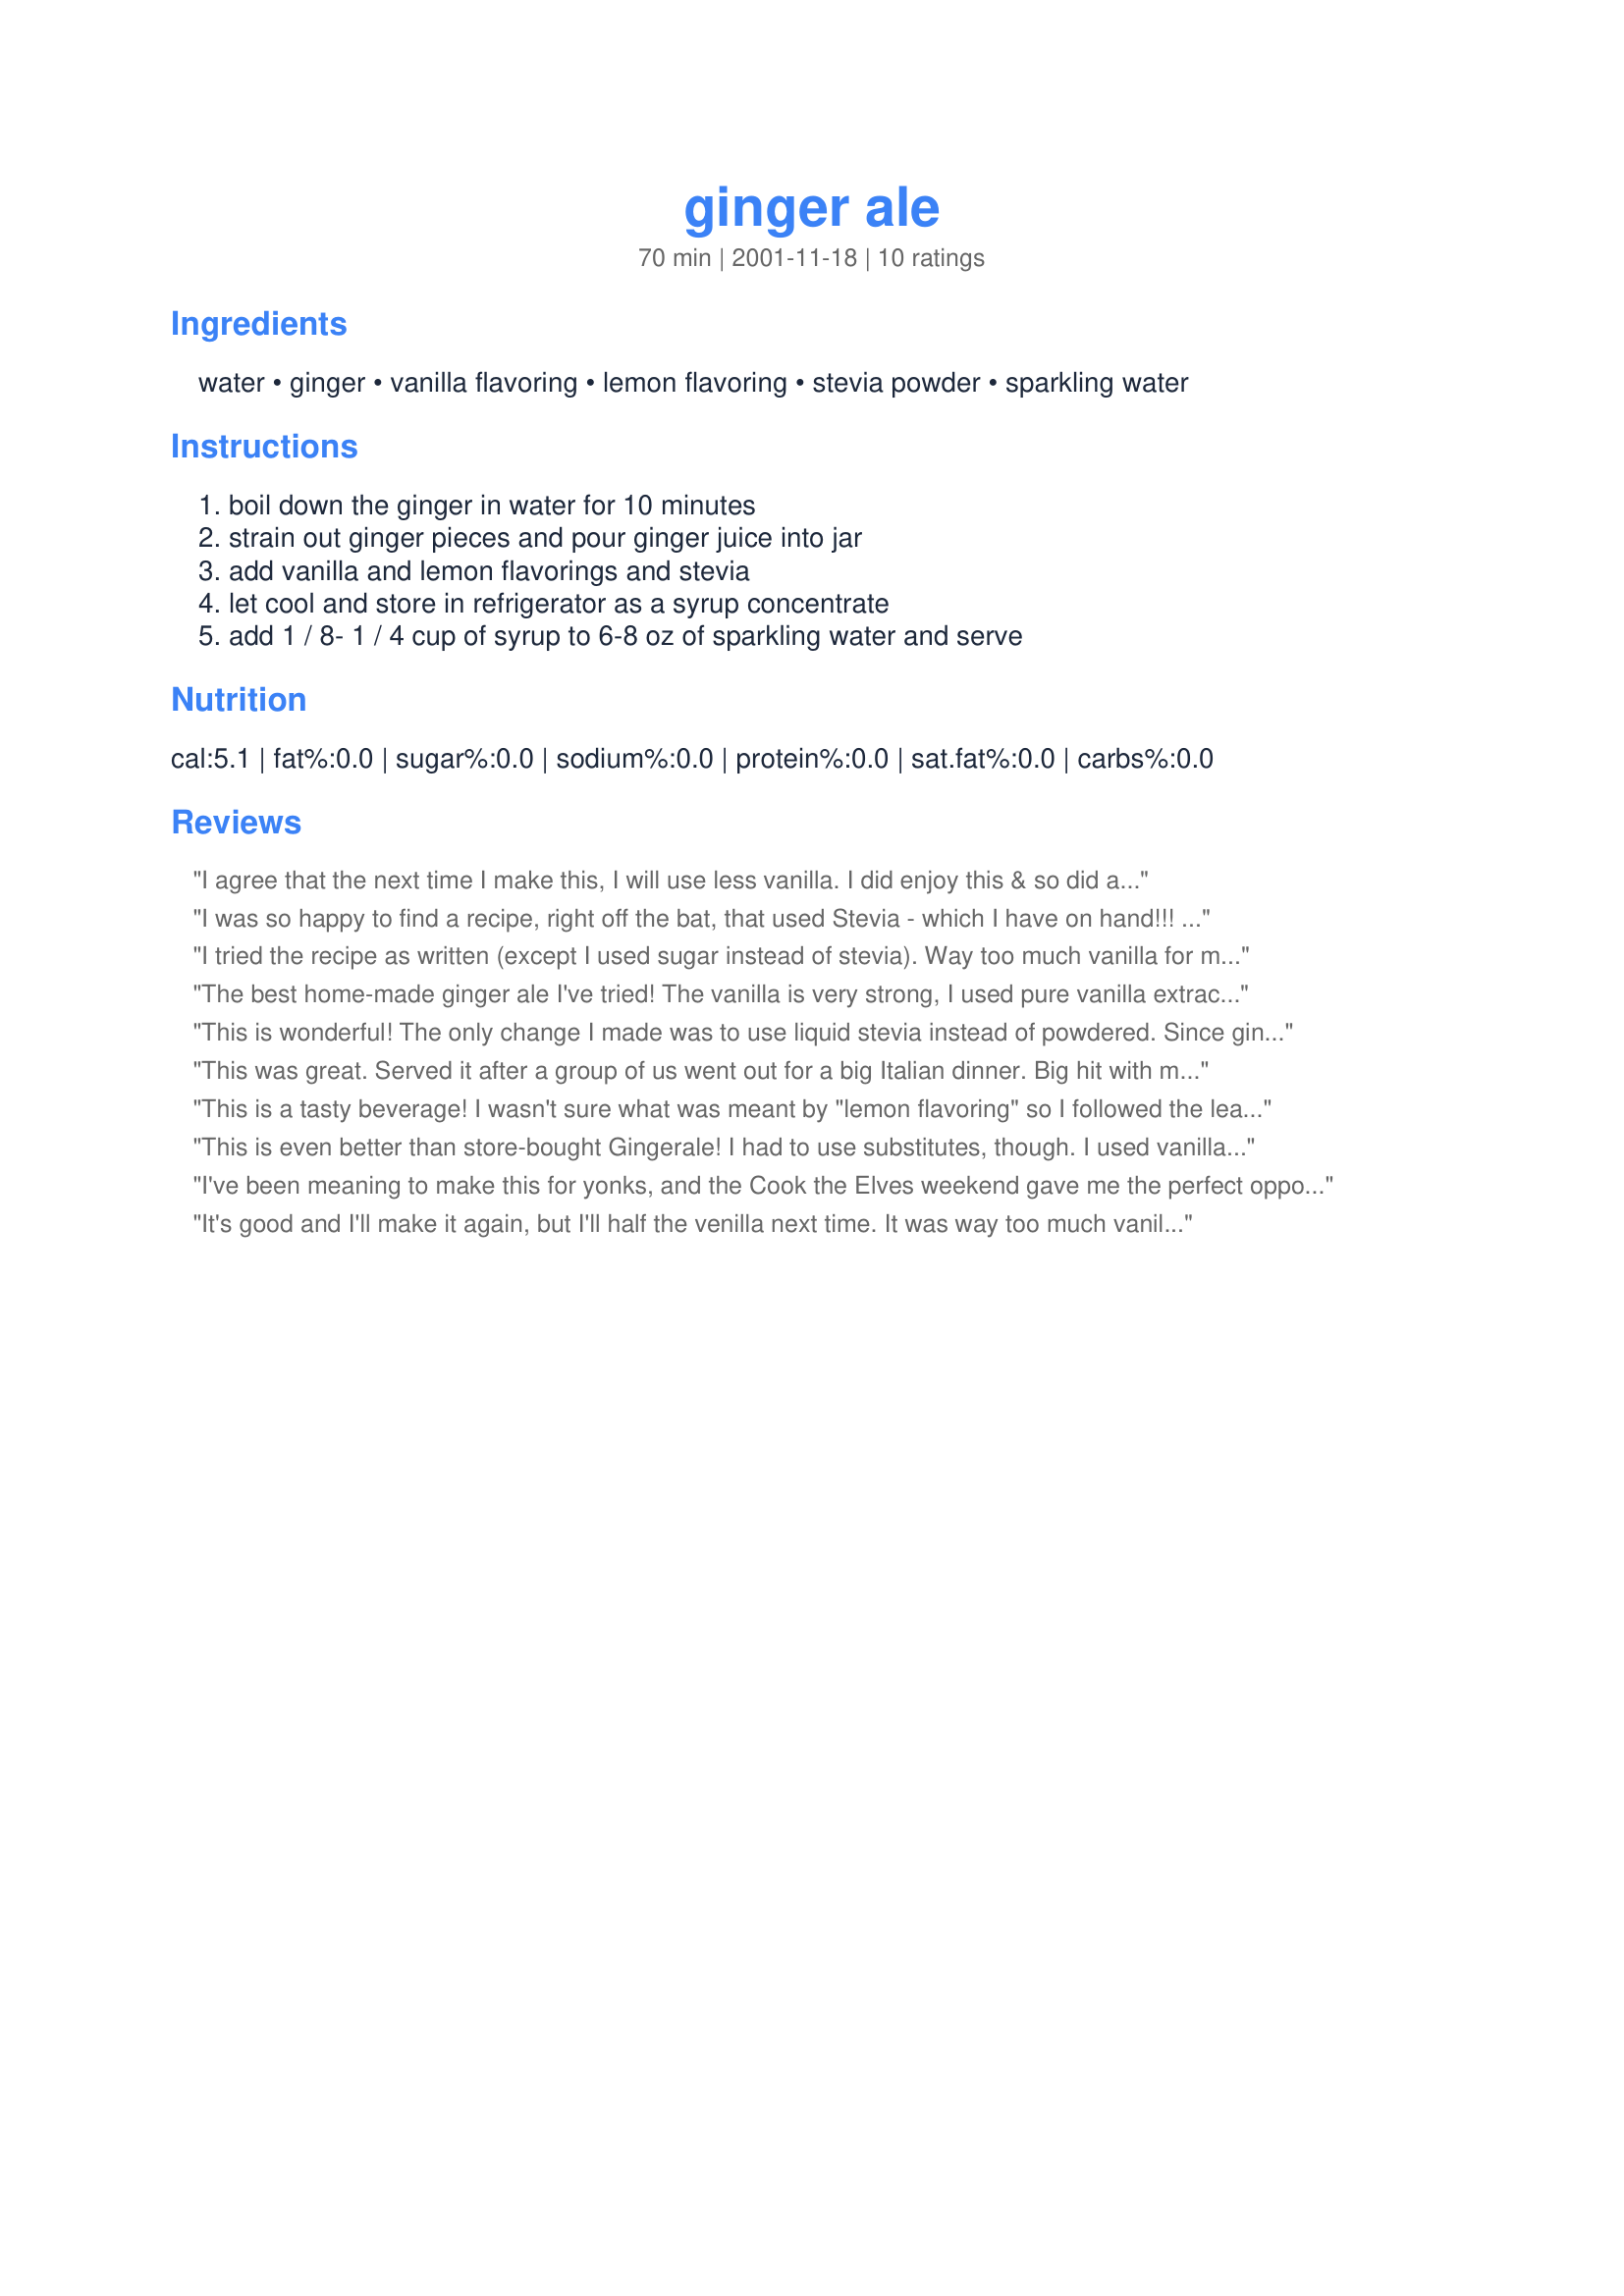
ginger ale
Preparation time: 70 minutes

Ingredients:
water, ginger, vanilla flavoring, lemon flavoring, stevia powder, sparkling water

Steps:
boil down the ginger in water for 10 minutes, strain out ginger pieces and pour ginger juice into jar, add vanilla and lemon flavorings and stevia, let cool and store in refrigerator as a syrup concentrate, add 1 / 8- 1 / 4 cup of syrup to 6-8 oz of sparkling water and serve

Reviews:
I agree that the next time I make this, I will use less vanilla. I did enjoy this & so did a friend of mine. She liked the spicy bite from the ginger. I kept this as a concentrate in the fridge & just let her mix her own drink to taste. I think I will make some more & maybe try adding some other fruits as well. I bet this would taste wonderful as part of a sangria. Hmmm. I'll let you know if I try it. Thank you very much for the recipe!
I was so happy to find a recipe, right off the bat, that used Stevia - which I have on hand!!! 

I would add less Vanilla. I used the stout stuff from Mexico so it was almost like drinking a bubbly vanilla drink with a hint of lemon. I think I might add extra ginger next time.
I tried the recipe as written (except I used sugar instead of stevia). Way too much vanilla for my taste. I actually liked it better without the vanilla or the lemon, just ginger root and sugar.
The best home-made ginger ale I've tried! The vanilla is very strong, I used pure vanilla extract - only 1 Tbs and it was too much. I used lemon extract (only 2 tsp - which was enough). The level of stevia was perfect. I too peeled my ginger into small pieces and next time I may even grate it so all the ginger-y goodness can come out. I don't know if it helped or not, but I boiled the mixture for 10 minutes then simmered it (covered) for about an hour. The result is a very lively ginger flavor!
This is wonderful! The only change I made was to use liquid stevia instead of powdered. Since ginger is good for nausea, this will be the new drink in my house for people with upset stomachs.
This was great. Served it after a group of us went out for a big Italian dinner. Big hit with my ginger-loving father. ADDED BONUS: ginger aids digestion....which we really needed after that big Italian dinner!
This is a tasty beverage! I wasn't sure what was meant by "lemon flavoring" so I followed the lead of a few other posters and 1) added lemon zest to the boiling water and 2) added lemon juice when I added the vanilla. I may use lemon extract next time, just to experiment. Since I like a strong ginger taste, I use 50/50 syrup/club soda mix. Outstanding; especially considering what a successful use of stevia this is (I have found approximately one thing I like that contains stevia now :) ). Thanks!
This is even better than store-bought Gingerale! I had to use substitutes, though. I used vanilla essence for the vanilla flavouring, sugar for Stevia powder and freshly squeezed lemon juice for the non-alcoholic lemon flavouring. I'll be serving this tomorrow. I "had to" try it first because I have been wanting to make this and taste it since ages!! Thank You for posting and THANK YOU for Zaar!
I've been meaning to make this for yonks, and the Cook the Elves weekend gave me the perfect opportunity! I shaved the ginger with a potato peeler, which gave it more surface and more flavor. Instead of lemon flavoring I used shaved pieces of lemon peel and strained that out with the ginger. I only had liquid stevia around, and used just a few drops. This makes a great syrup to use with club soda, but it also makes a great syrup to add to a chicken stir-fry. Add just about a tablespoon to your stir-fry with lots of scallions and some lemon-grass, and you have a winner!
It's good and I'll make it again, but I'll half the venilla next time. It was way too much vanilla for me. Thanks!
